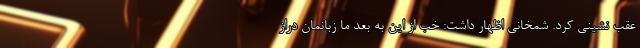
عقب نشینی کرد. شمخانی اظهار داشت: خب از این به بعد ما زبانمان دراز